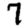
Digit: 7